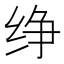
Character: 𰬑